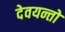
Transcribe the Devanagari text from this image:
देवयन्तो